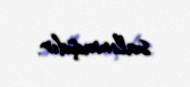
salınmışdır.